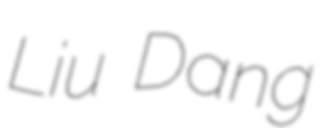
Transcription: Liu Dang